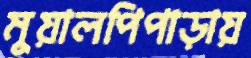
মুয়ালপিপাড়ায়